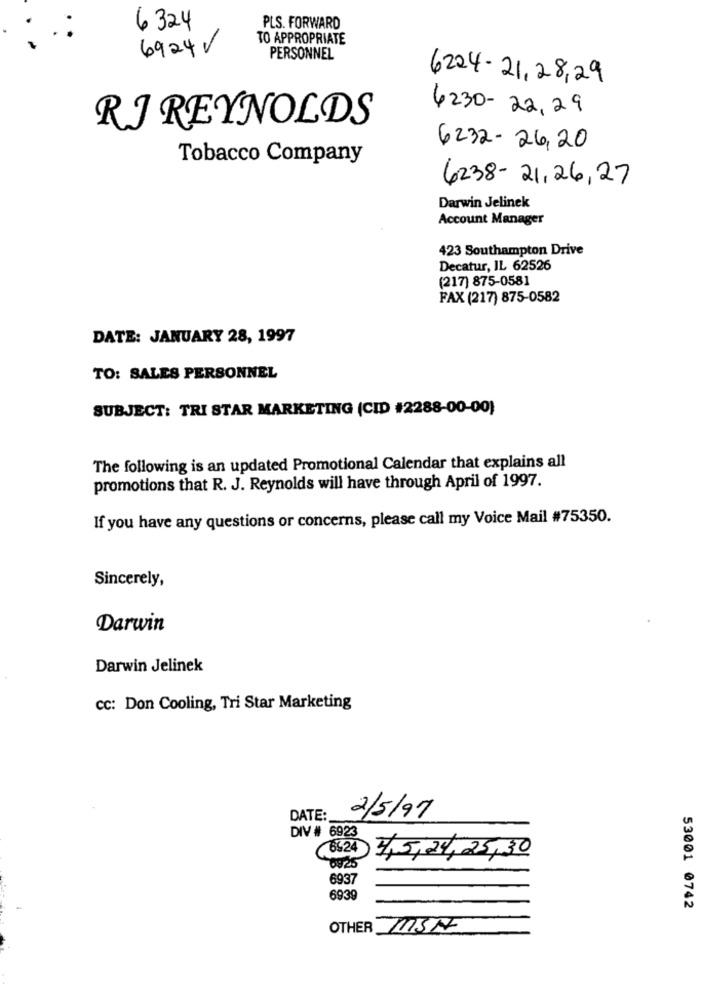
6 324
PLS. FORWARD
TO APPROPRIATE
6924V
PERSONNEL
6224 - 21,28,29
6230- 22, 29
RJ REYNOLDS
6232- 26,20
Tobacco Company
6238 - 21,26, 27
Darwin Jelinek
Account Manager
423 Southampton Drive
Decatur, IL 62526
(217) 875-0581
FAX (217) 875-0582
DATE: JANUARY 28, 1997
TO: SALES PERSONNEL
SUBJECT: TRI STAR MARKETING (CID #2288-00-00)
The following is an updated Promotional Calendar that explains all
promotions that R. J. Reynolds will have through April of 1997.
If you have any questions or concerns, please call my Voice Mail #75350.
Sincerely,
Darwin
Darwin Jelinek
CC: Don Cooling, Tri Star Marketing
DATE:
2/5/97
DIV # 6923
(6524
4,5,24, 25,30
6937
6939
53001 0742
OTHER MSN